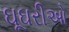
ઘૂઘરીઓ